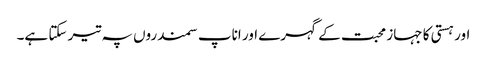
اور ہستی کا جہاز محبت کے گہرے اور اناپ سمندروں پہ تیر سکتا ہے۔